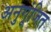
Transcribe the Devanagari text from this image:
अनुगूंजित